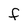
Character: f